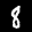
Label: 8